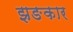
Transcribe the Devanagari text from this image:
झङकार